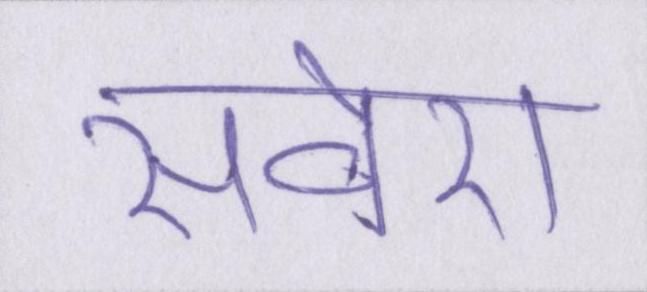
सवेरा